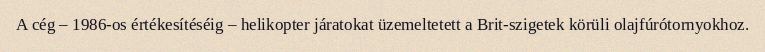
A cég – 1986-os értékesítéséig – helikopter járatokat üzemeltetett a Brit-szigetek körüli olajfúrótornyokhoz.